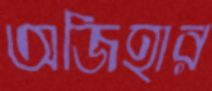
অজিহার